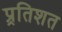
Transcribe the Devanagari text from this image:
प्र्रतिशत